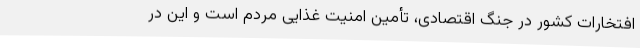
افتخارات کشور در جنگ اقتصادی، تأمین امنیت غذایی مردم است و این در